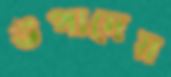
উপাদেয়